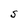
Character: S